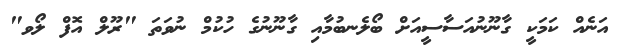
އަނެއް ކަމަކީ ގާނޫނުއަސާސީއަށް ބޯލެނބުމާއި ގާނޫނުގެ ހުކުމް ނުވަތަ "ރޫލް އޮފް ލޯވ"